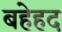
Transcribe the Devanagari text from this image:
बहेहद